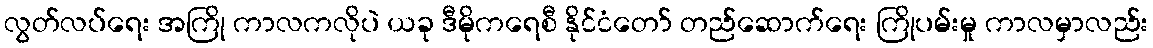
လွတ်လပ်ရေး အကြို ကာလကလိုပဲ ယခု ဒီမိုကရေစီ နိုင်ငံတော် တည်ဆောက်ရေး ကြိုပမ်းမှု ကာလမှာလည်း